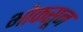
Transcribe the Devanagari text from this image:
भोकसून